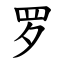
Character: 罗